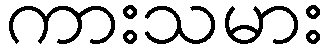
ကားသမား